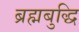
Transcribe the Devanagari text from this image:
ब्रह्मबुद्धि